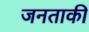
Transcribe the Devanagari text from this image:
जनताकी